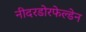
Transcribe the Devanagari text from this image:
नीदरडोरफेल्डेन